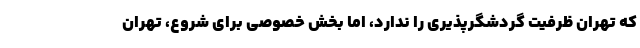
که تهران ظرفیت گردشگرپذیری را ندارد، اما بخش خصوصی برای شروع، تهران